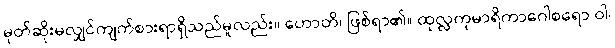
မုတ်ဆိုးမလျှင်ကျက်စားရာရှိသည်မူလည်း။ ဟောတိ၊ ဖြစ်ရာ၏။ ထုလ္လကုမာရိကာဂေါစရော ဝါ၊